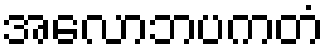
အလောဘပကတံ